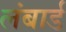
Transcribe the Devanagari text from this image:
लंबार्ड